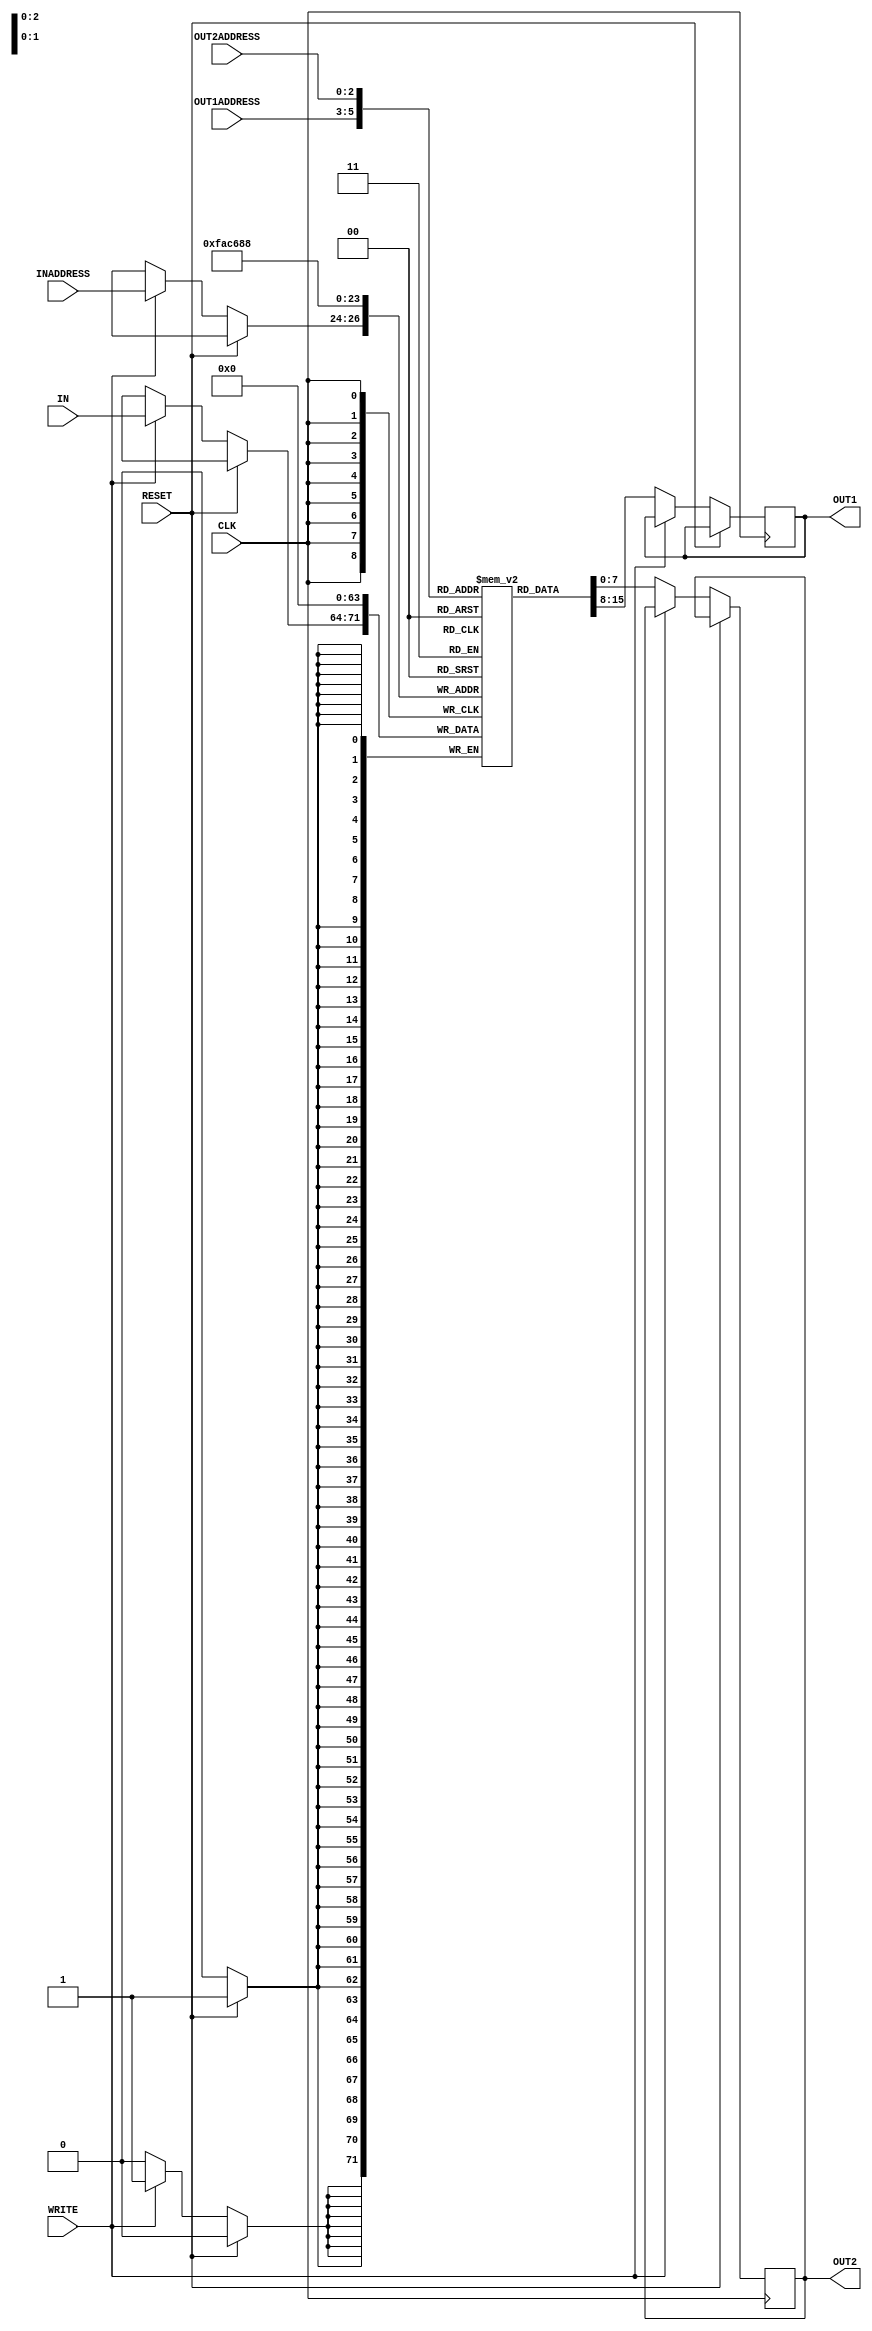
module reg_file(IN,OUT1,OUT2,INADDRESS,OUT1ADDRESS,OUT2ADDRESS, WRITE, CLK, RESET);
    input [7:0] IN;
    input [2:0] OUT1ADDRESS, OUT2ADDRESS, INADDRESS;
    output [7:0] OUT1, OUT2;
    input WRITE, CLK, RESET;

    // Internal register array
    reg [7:0] registers[7:0];

    // Output register (registers required since we cant assign if not registers)
    reg [7:0] out1_reg;
    reg [7:0] out2_reg;

    // Assign outputs to internal latches
    assign OUT1 = out1_reg;         
    assign OUT2 = out2_reg;
    
    always @(posedge CLK)
    begin
        if (RESET) // If reset is high
        begin
            // Reset all registers to 0 with time delay of #1
            registers[0] <= #1 8'b0;
            registers[1] <= #1 8'b0;
            registers[2] <= #1 8'b0;
            registers[3] <= #1 8'b0;
            registers[4] <= #1 8'b0;
            registers[5] <= #1 8'b0;
            registers[6] <= #1 8'b0;
            registers[7] <= #1 8'b0;
        end
        
        else if (WRITE) // If write is high
        begin
            registers[INADDRESS] <= #1 IN; // #1 propergation delay
        end
        
        else  // Else times output should be what ever address the pointers are pointing at
        begin   // Outputting values with #2 delay 
            out1_reg <= #2 registers[OUT1ADDRESS];      //here registers are reqired , since wirescant be used to store values
            out2_reg <= #2 registers[OUT2ADDRESS];
        end

    end

endmodule